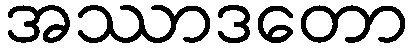
အဿာဒတော